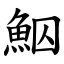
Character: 鮂